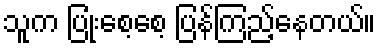
သူက ပြုံးစေ့စေ့ ပြန်ကြည့်နေတယ်။